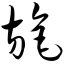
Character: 旄